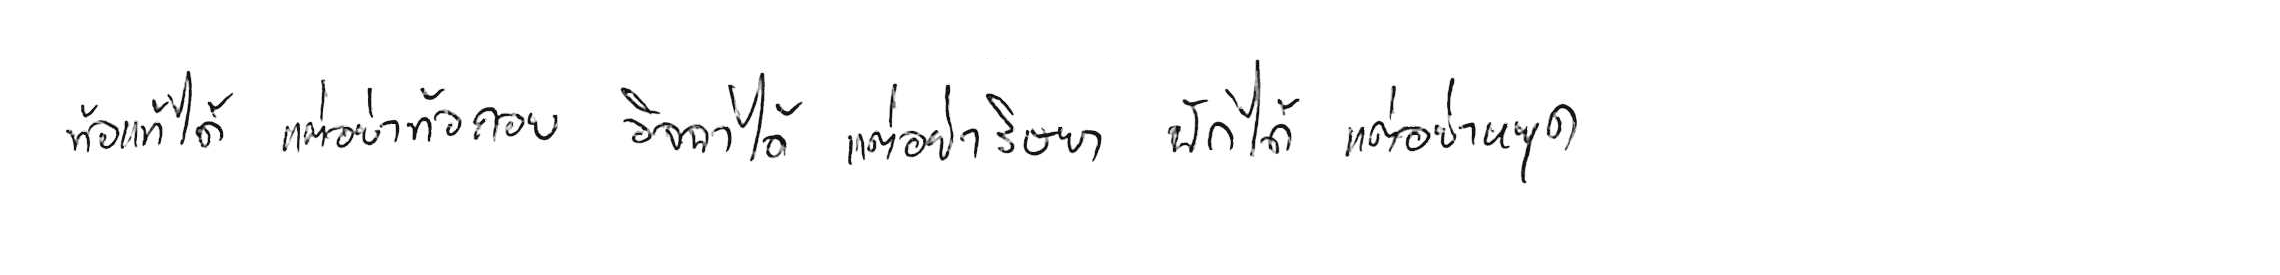
ท้อแท้ได้ แต่อย่าท้อถอย อิจฉาได้ แต่อย่าริษยา พักได้ แต่อย่าหยุด